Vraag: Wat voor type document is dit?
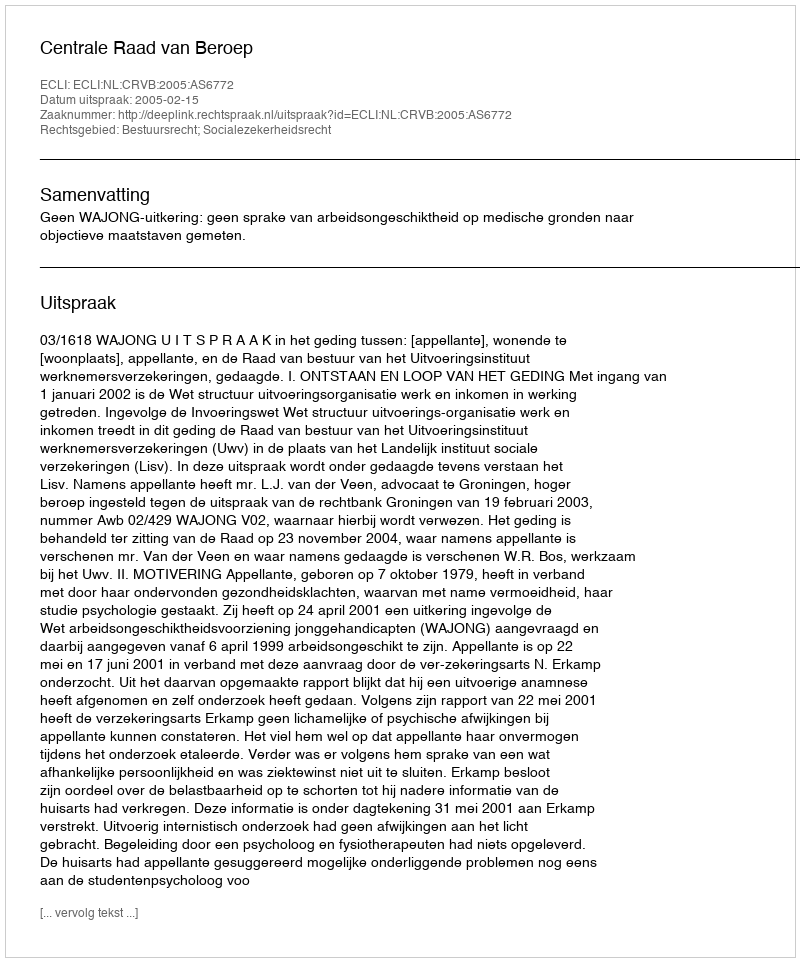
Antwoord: Uitspraak